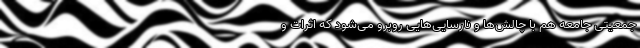
جمعیتی جامعه هم با چالش‌ها و نارسایی‌هایی روبرو می‌شود که اثرات و